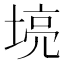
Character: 𫮌